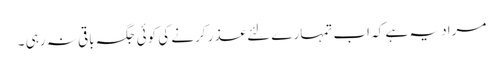
مراد یہ ہے کہ اب تمہارے لئے عذر کرنے کی کوئی جگہ باقی نہ رہی ۔